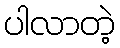
ပါလာတဲ့